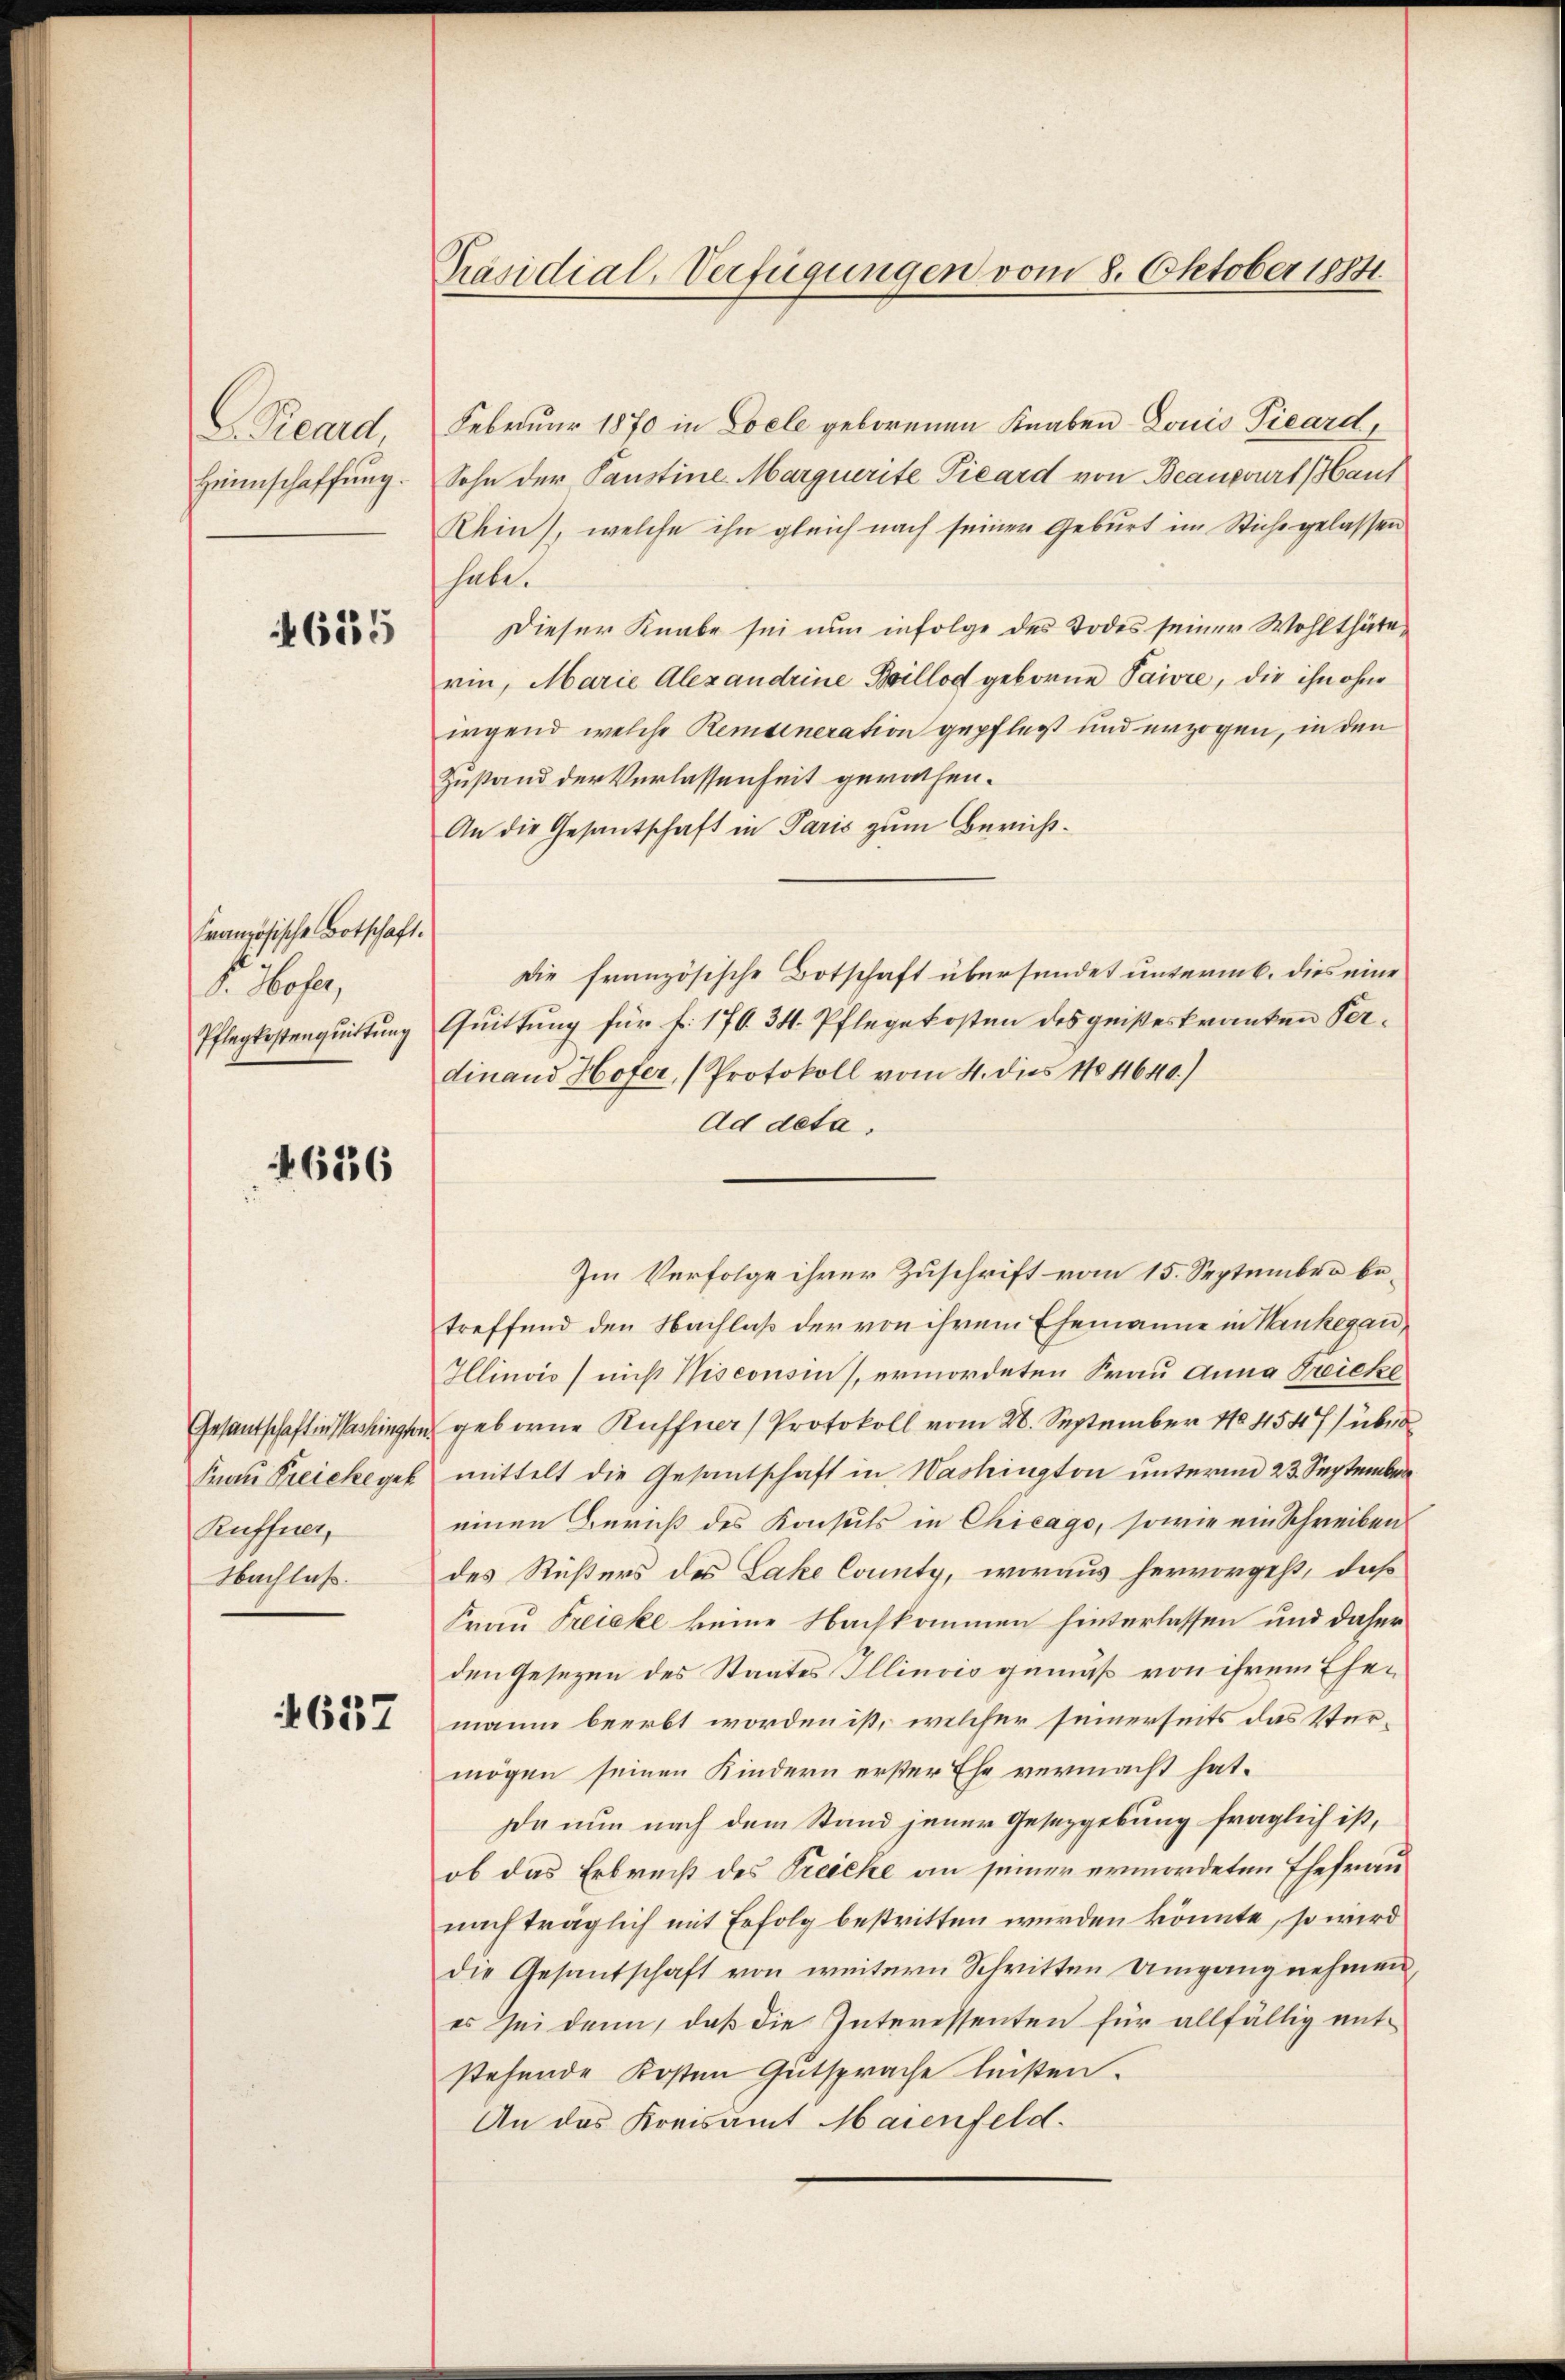
Reard
Heimschaffung.

4655

Französische Botschaft.
Nr. 60 f.,

676

Frau Preiche gek
Ruffnet,
Nachlaß.

4637

Präsidial-Verfügungen vom 8. Oktober 1884.

Februar 1870 in Coele geborenen Knaben Louis Vicard,
Sohn der Paustine Marquerite Vicard von Beantwurt Haus
Rhin), welche ihn gleich nach seiner Geburt im Stiche gelassen
habe.
Dieser Knabe sei nun infolge des Todes seiner Wohlthäte
rin, Marie Alexandrine Billod geborne Paire, die ihn ohne
irgend welche Remuneration gepflegt und erzogen, in den
Zustand der Verlassenheit gerathen.
An die Gesantschaft in Paris zum Bericht¬
Die französische Botschaft übersendet untermb. dies eine
Pflegtestanquittung Quittung für f. 176. 34. Pflegekosten des geisteskranken Perdinand Hofer, (Protokoll vom 4. dies 18011640.)
Ad deta,
Im Verfolge ihrer Zuschrift vom 15. September betreffend den Nachlaß der von ihrem Ehemanne in Haukerau¬
Ilinvio) nicht Nisconsin), ermordeten Frau Anna Treiche
Gesandschaft in Washingen geborne Ruffner Protokoll vom 28. September 184547/ über d
mittelt die Gesantschaft in Washington unterm 23. September
einen Beruß des Konsuls in Chicago, sowie ein Schreiben
des Rüsters des Lake County, woraus hervorgeht, daß
Frau Freieke keine Nachkommen hinterlassen und daher
den Gesezen des Staates Illinois gemäß von ihrem Ehemann beerbt worden ist, welcher seinerseits das Vermögen seinen Kindern erster Ehe vermacht hat.
Da nun nach dem Stand jener Gesetzgebung fraglich ist,
ob das Erbreis des Treiche an seiner ermordeten Ehefrau
nach träglich mit Erfolg bestritten werden könnte, so wird
die Gesandschaft von weitern Schritten Umgang nehmen,
es sei dann, daß die Interessenten für allfällig entstehende Kosten Gutsprache leisten.
An das Kreisamt Maienfeld.